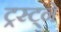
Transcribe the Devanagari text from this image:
ट्रस्ट्ने